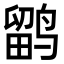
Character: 鹠